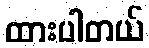
ထားပါတယ်